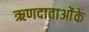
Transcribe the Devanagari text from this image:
ऋणदाताओंके